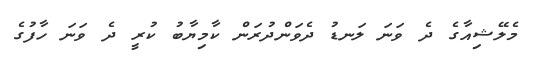
މެލޭޝިއާގެ ދެ ވަނަ ލަނޑު ދެވަންދުރަން ކާމިޔާބު ކުރީ ދެ ވަނަ ހާފުގެ